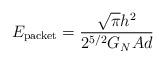
LaTeX: \begin{align*}E_{\textup{\scriptsize{packet}}}=\frac{\sqrt{\pi}h^2}{2^{5/2}G_N A d }\end{align*}